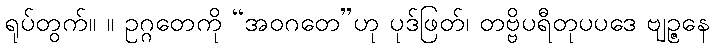
ရုပ်တွက်။ ။ ဥဂ္ဂတေကို “အဝဂတေ”ဟု ပုဒ်ဖြတ်၊ တဗ္ဗိပရီတုပပဒေ ဗျဉ္ဇနေ